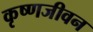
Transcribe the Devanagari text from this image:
कृष्णजीवन